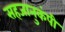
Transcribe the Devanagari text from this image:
सहजानुकंपी